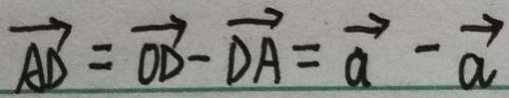
\overrightarrow { A D } = \overrightarrow { O D } - \overrightarrow { D A } = \overrightarrow { a } - \overrightarrow { a }